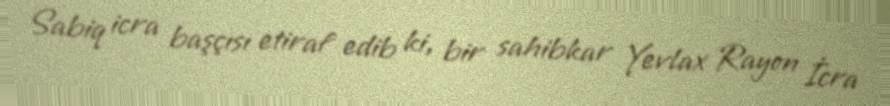
Sabiq icra başçısı etiraf edib ki, bir sahibkar Yevlax Rayon İcra